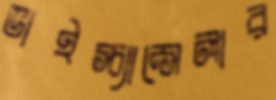
ভাইস্‌চ্যান্‌সেলার